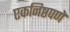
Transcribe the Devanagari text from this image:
एकनिष्ठपणे